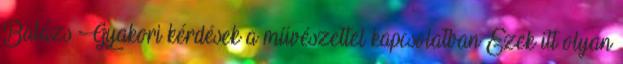
Balázs Gyakori kérdések a művészettel kapcsolatban Ezek itt olyan